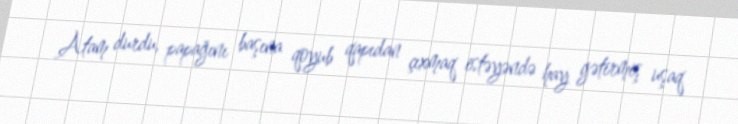
Atam durdu, papağını başına qoyub qapıdan çıxmaq istəyəndə hay gətirmiş uşaq